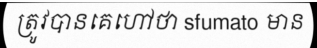
ត្រូវបានគេហៅថា sfumato មាន